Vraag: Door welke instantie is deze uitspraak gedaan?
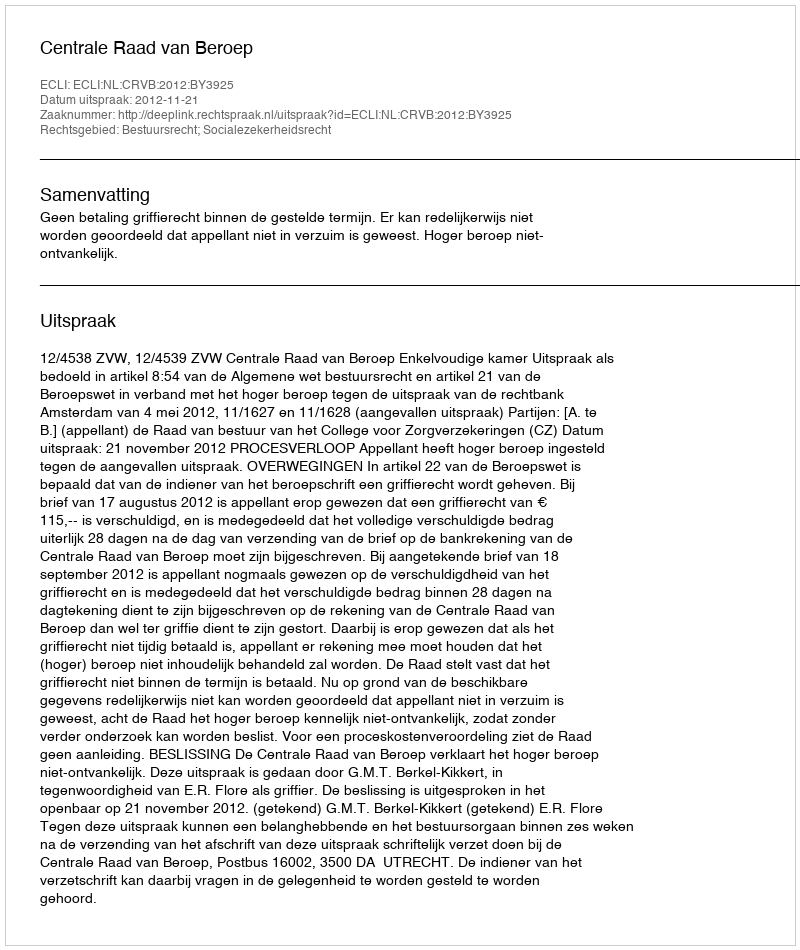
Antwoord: Centrale Raad van Beroep